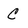
Character: C